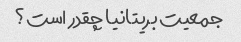
جمعیت بریتانیا چقدر است؟